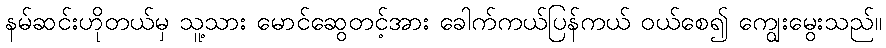
နမ်ဆင်းဟိုတယ်မှ သူ့သား မောင်ဆွေတင့်အား ခေါက်ကယ်ပြန်ကယ် ဝယ်စေ၍ ကျွေးမွေးသည်။